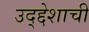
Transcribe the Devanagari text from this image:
उद्द्देशाची